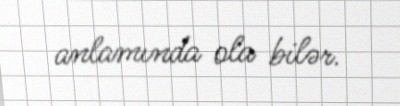
anlamında ola bilər.